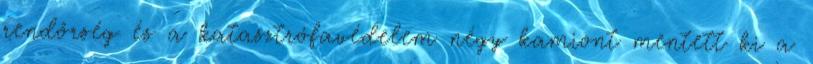
rendőrség és a katasztrófavédelem négy kamiont mentett ki a